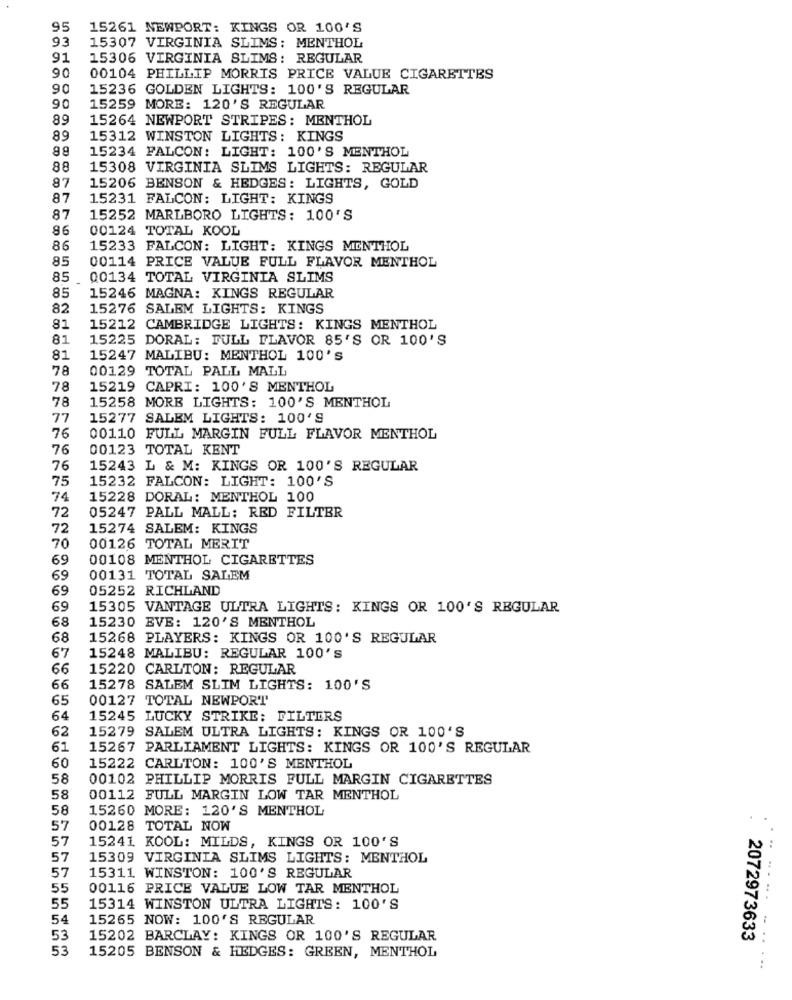
95
15261 NEWPORT: KINGS OR 100'S
93
15307 VIRGINIA SLIMS: MENTHOL
91
15306 VIRGINIA SLIMS: REGULAR
90
00104 PHILLIP MORRIS PRICE VALUE CIGARETTES
90
15236 GOLDEN LIGHTS: 100'S REGULAR
90
15259 MORE: 120'S REGULAR
89
15264 NEWPORT STRIPES: MENTHOL
89
15312 WINSTON LIGHTS: KINGS
15234 FALCON: LIGHT: 100'S MENTHOL
88
15308 VIRGINIA SLIMS LIGHTS: REGULAR
87
15206 BENSON & HEDGES: LIGHTS, GOLD
87
15231 FALCON: LIGHT: KINGS
87
15252 MARLBORO LIGHTS: 100'S
86
00124 TOTAL KOOL
86
15233 FALCON: LIGHT: KINGS MENTHOL
85
00114 PRICE VALUE FULL FLAVOR MENTHOL
85
00134 TOTAL VIRGINIA SLIMS
85
15246 MAGNA: KINGS REGULAR
82
15276 SALEM LIGHTS: KINGS
81
15212 CAMBRIDGE LIGHTS: KINGS MENTHOL
81
15225 DORAL: FULL FLAVOR 85'S OR 100'S
81
15247 MALIBU: MENTHOL 100'S
78
00129 TOTAL PALL MALL
78
15219 CAPRI: 100'S MENTHOL
78
15258 MORE LIGHTS: 100'S MENTHOL
77
15277 SALEM LIGHTS: 100'S
76
00110 FULL MARGIN FULL FLAVOR MENTHOL
76
00123 TOTAL KENT
76
15243 L & M: KINGS OR 100'S REGULAR
75
15232 FALCON: LIGHT: 100'S
74
15228 DORAL: MENTHOL 100
72
05247 PALL MALL: RED FILTER
72
15274 SALEM: KINGS
70
00126 TOTAL MERIT
69
00108 MENTHOL CIGARETTES
69
00131 TOTAL SALEM
69
05252 RICHLAND
69
15305 VANTAGE ULTRA LIGHTS: KINGS OR 100'S REGULAR
15230 EVE: 120'S MENTHOL
68
68
15268 PLAYERS: KINGS OR 100'S REGULAR
67
15248 MALIBU: REGULAR 100'S
66
15220 CARLTON: REGULAR
66
15278 SALEM SLIM LIGHTS: 100'S
65
00127 TOTAL NEWPORT
64
15245 LUCKY STRIKE: FILTERS
62
15279 SALEM ULTRA LIGHTS: KINGS OR 100'S
61
15267 PARLIAMENT LIGHTS: KINGS OR 100'S REGULAR
60
15222 CARLTON: 100'S MENTHOL
58
00102 PHILLIP MORRIS FULL MARGIN CIGARETTES
58
00112 FULL MARGIN LOW TAR MENTHOL
58
15260 MORE: 120'S MENTHOL
57
00128 TOTAL NOW
57
15241 KOOL: MILDS, KINGS OR 100'S
57
15309 VIRGINIA SLIMS LIGHTS: MENTHOL
57
15311 WINSTON: 100'S REGULAR
55
00116 PRICE VALUE LOW TAR MENTHOL
55
15314 WINSTON ULTRA LIGHTS: 100'S
54
15265 NOW: 100'S REGULAR
53
15202 BARCLAY: KINGS OR 100'S REGULAR
2072973633
53
15205 BENSON & HEDGES: GREEN, MENTHOL